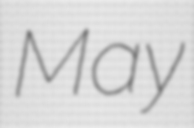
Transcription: May